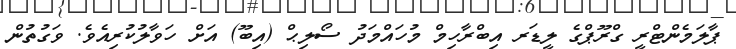
ޕާލަމެންޓްރީ ގްރޫޕްގެ ލީޑަރ އިބްރާހިމް މުހައްމަދު ސޯލިޙް (އިބޫ) އަށް ހަވާލުކުރިއެވެ. ވަގުތުން